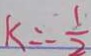
k = - \frac { 1 } { 2 }